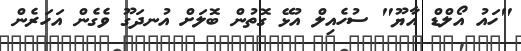
"ހައު އޯލްޑް އާޔޫ" ސުހެއިލް އުޅޭ ގޮތުން ބޮލަށް އުނދަގޫ ވެގެން އަހަރެން